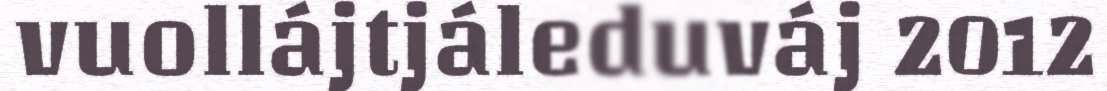
vuollájtjáleduváj 2012